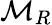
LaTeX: {\mathcal{M}}_{R}